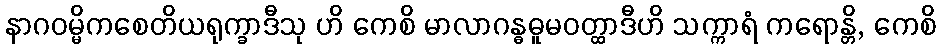
နာဂဝမ္မိကစေတိယရုက္ခာဒီသု ဟိ ကေစိ မာလာဂန္ဓဓူမဝတ္ထာဒီဟိ သက္ကာရံ ကရောန္တိ, ကေစိ